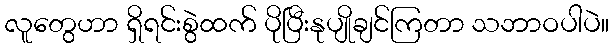
လူတွေဟာ ရှိရင်းစွဲထက် ပိုပြီးနုပျိုချင်ကြတာ သဘာဝပါပဲ။